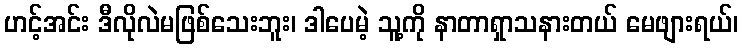
ဟင့်အင်း ဒီလိုလဲမဖြစ်သေးဘူး၊ ဒါပေမဲ့ သူ့ကို နာတာရှာသနားတယ် မေဖျားရယ်၊